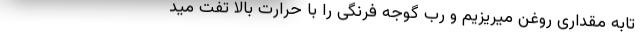
تابه مقداری روغن میریزیم و رب گوجه فرنگی را با حرارت بالا تفت مید